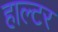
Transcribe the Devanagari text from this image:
हाल्टर